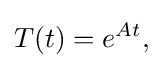
\displaystyle {T(t)=e^{At},}